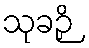
သုခဉှိ